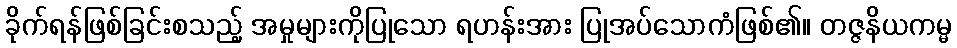
ခိုက်ရန်ဖြစ်ခြင်းစသည့် အမှုများကိုပြုသော ရဟန်းအား ပြုအပ်သောကံဖြစ်၏။ တဇ္ဇနိယကမ္မ